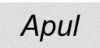
Apul